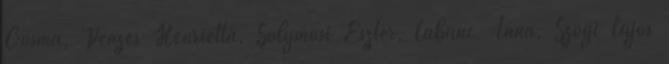
Cosma, Pénzes Henrietta, Solymosi Eszter, Labanc Anna, Szögi Lajos